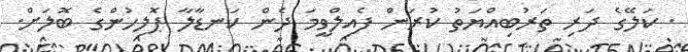
. ކަލޭގެ ދަރި ތަރުބިއްޔަތު ކުރަން ފެއިލްވީމަ ދެން ކަނޑާލާ ޕޮލިހުންގެ ބޮލަށް.